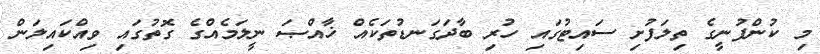
މި ކުންފުނީގެ ތިލަފުށި ސައިޓުގައި ހުރި ބާދަގަނޑުތަކެއް ޚާއްޞަ ނީލަމެއްގެ ގޮތުގައި ވިއްކައިލަން